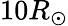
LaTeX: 10R_{\odot}